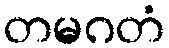
တမဂတံ